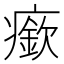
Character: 𤺰